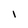
Character: l